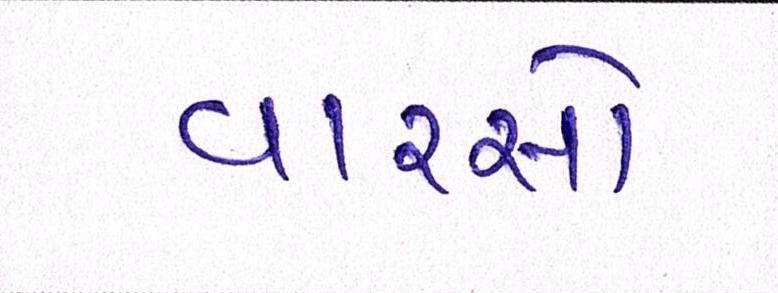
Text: વારસો